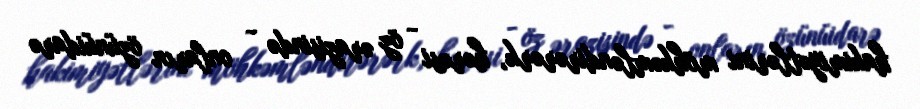
hakimiyətlərini möhkəmləndirərərk, hərəsi - öz ərazisində - onların özünüidarə